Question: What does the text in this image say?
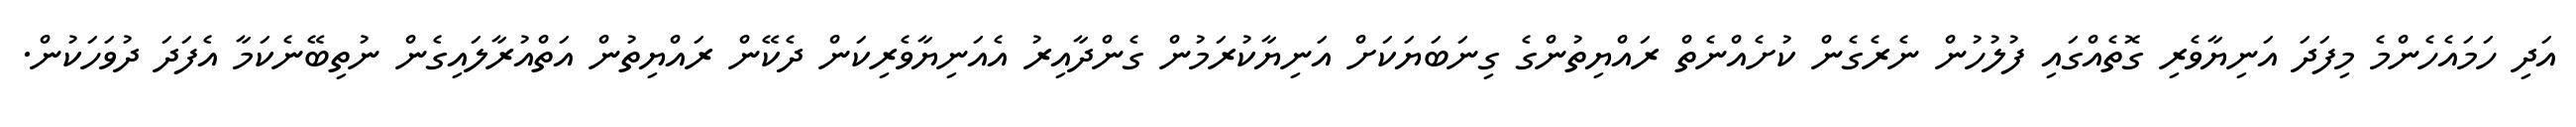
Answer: އަދި ހަމައެހެންމެ މިފަދަ އަނިޔާވެރި ގޮތެއްގައި ފުލުހުން ނެރެގެން ކުށެއްނެތް ރައްޔިތުންގެ ގިނަބަޔަކަށް އަނިޔާކުރަމުން ގެންދާއިރު އެއަނިޔާވެރިކަން ދެކޭން ރައްޔިތުން އަތްއުރާލައިގެން ނުތިބޭނެކަމާ އެފަދަ ދުވަހަކުން.